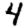
Digit: 4